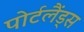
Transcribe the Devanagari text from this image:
पोर्टलैंड्स